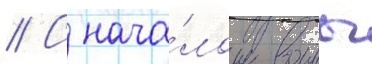
// С нача́лом воины